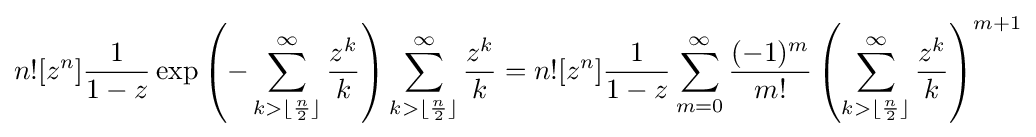
n![z^{n}]{\frac {1}{1-z}}\exp \left(-\sum _{k>\lfloor {\frac {n}{2}}\rfloor }^{\infty }{\frac {z^{k}}{k}}\right)\sum _{k>\lfloor {\frac {n}{2}}\rfloor }^{\infty }{\frac {z^{k}}{k}}=n![z^{n}]{\frac {1}{1-z}}\sum _{m=0}^{\infty }{\frac {(-1)^{m}}{m!}}\left(\sum _{k>\lfloor {\frac {n}{2}}\rfloor }^{\infty }{\frac {z^{k}}{k}}\right)^{m+1}